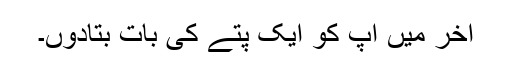
آخر میں آپ کو ایک پتے کی بات بتادوں۔